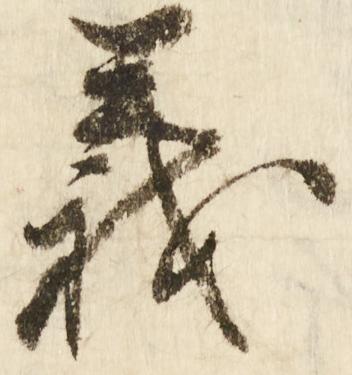
義